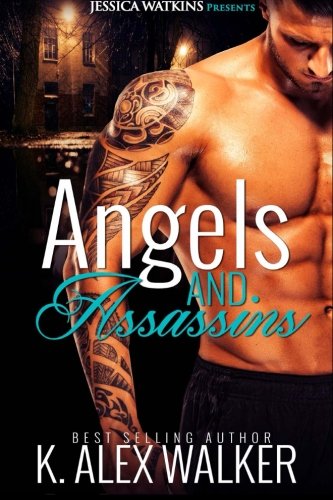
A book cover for Angels and Assassins: BWWM Romance; K. Alex Walker; Romance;